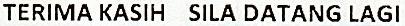
TERIMA KASIH SILA DATANG LAGI